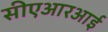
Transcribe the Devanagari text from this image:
सीएआरआई